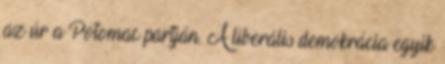
az úr a Potomac partján. A liberális demokrácia egyik